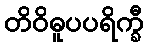
တိဝိဓူပပရိက္ခီ